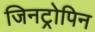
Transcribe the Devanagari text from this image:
जिनट्रोपिन